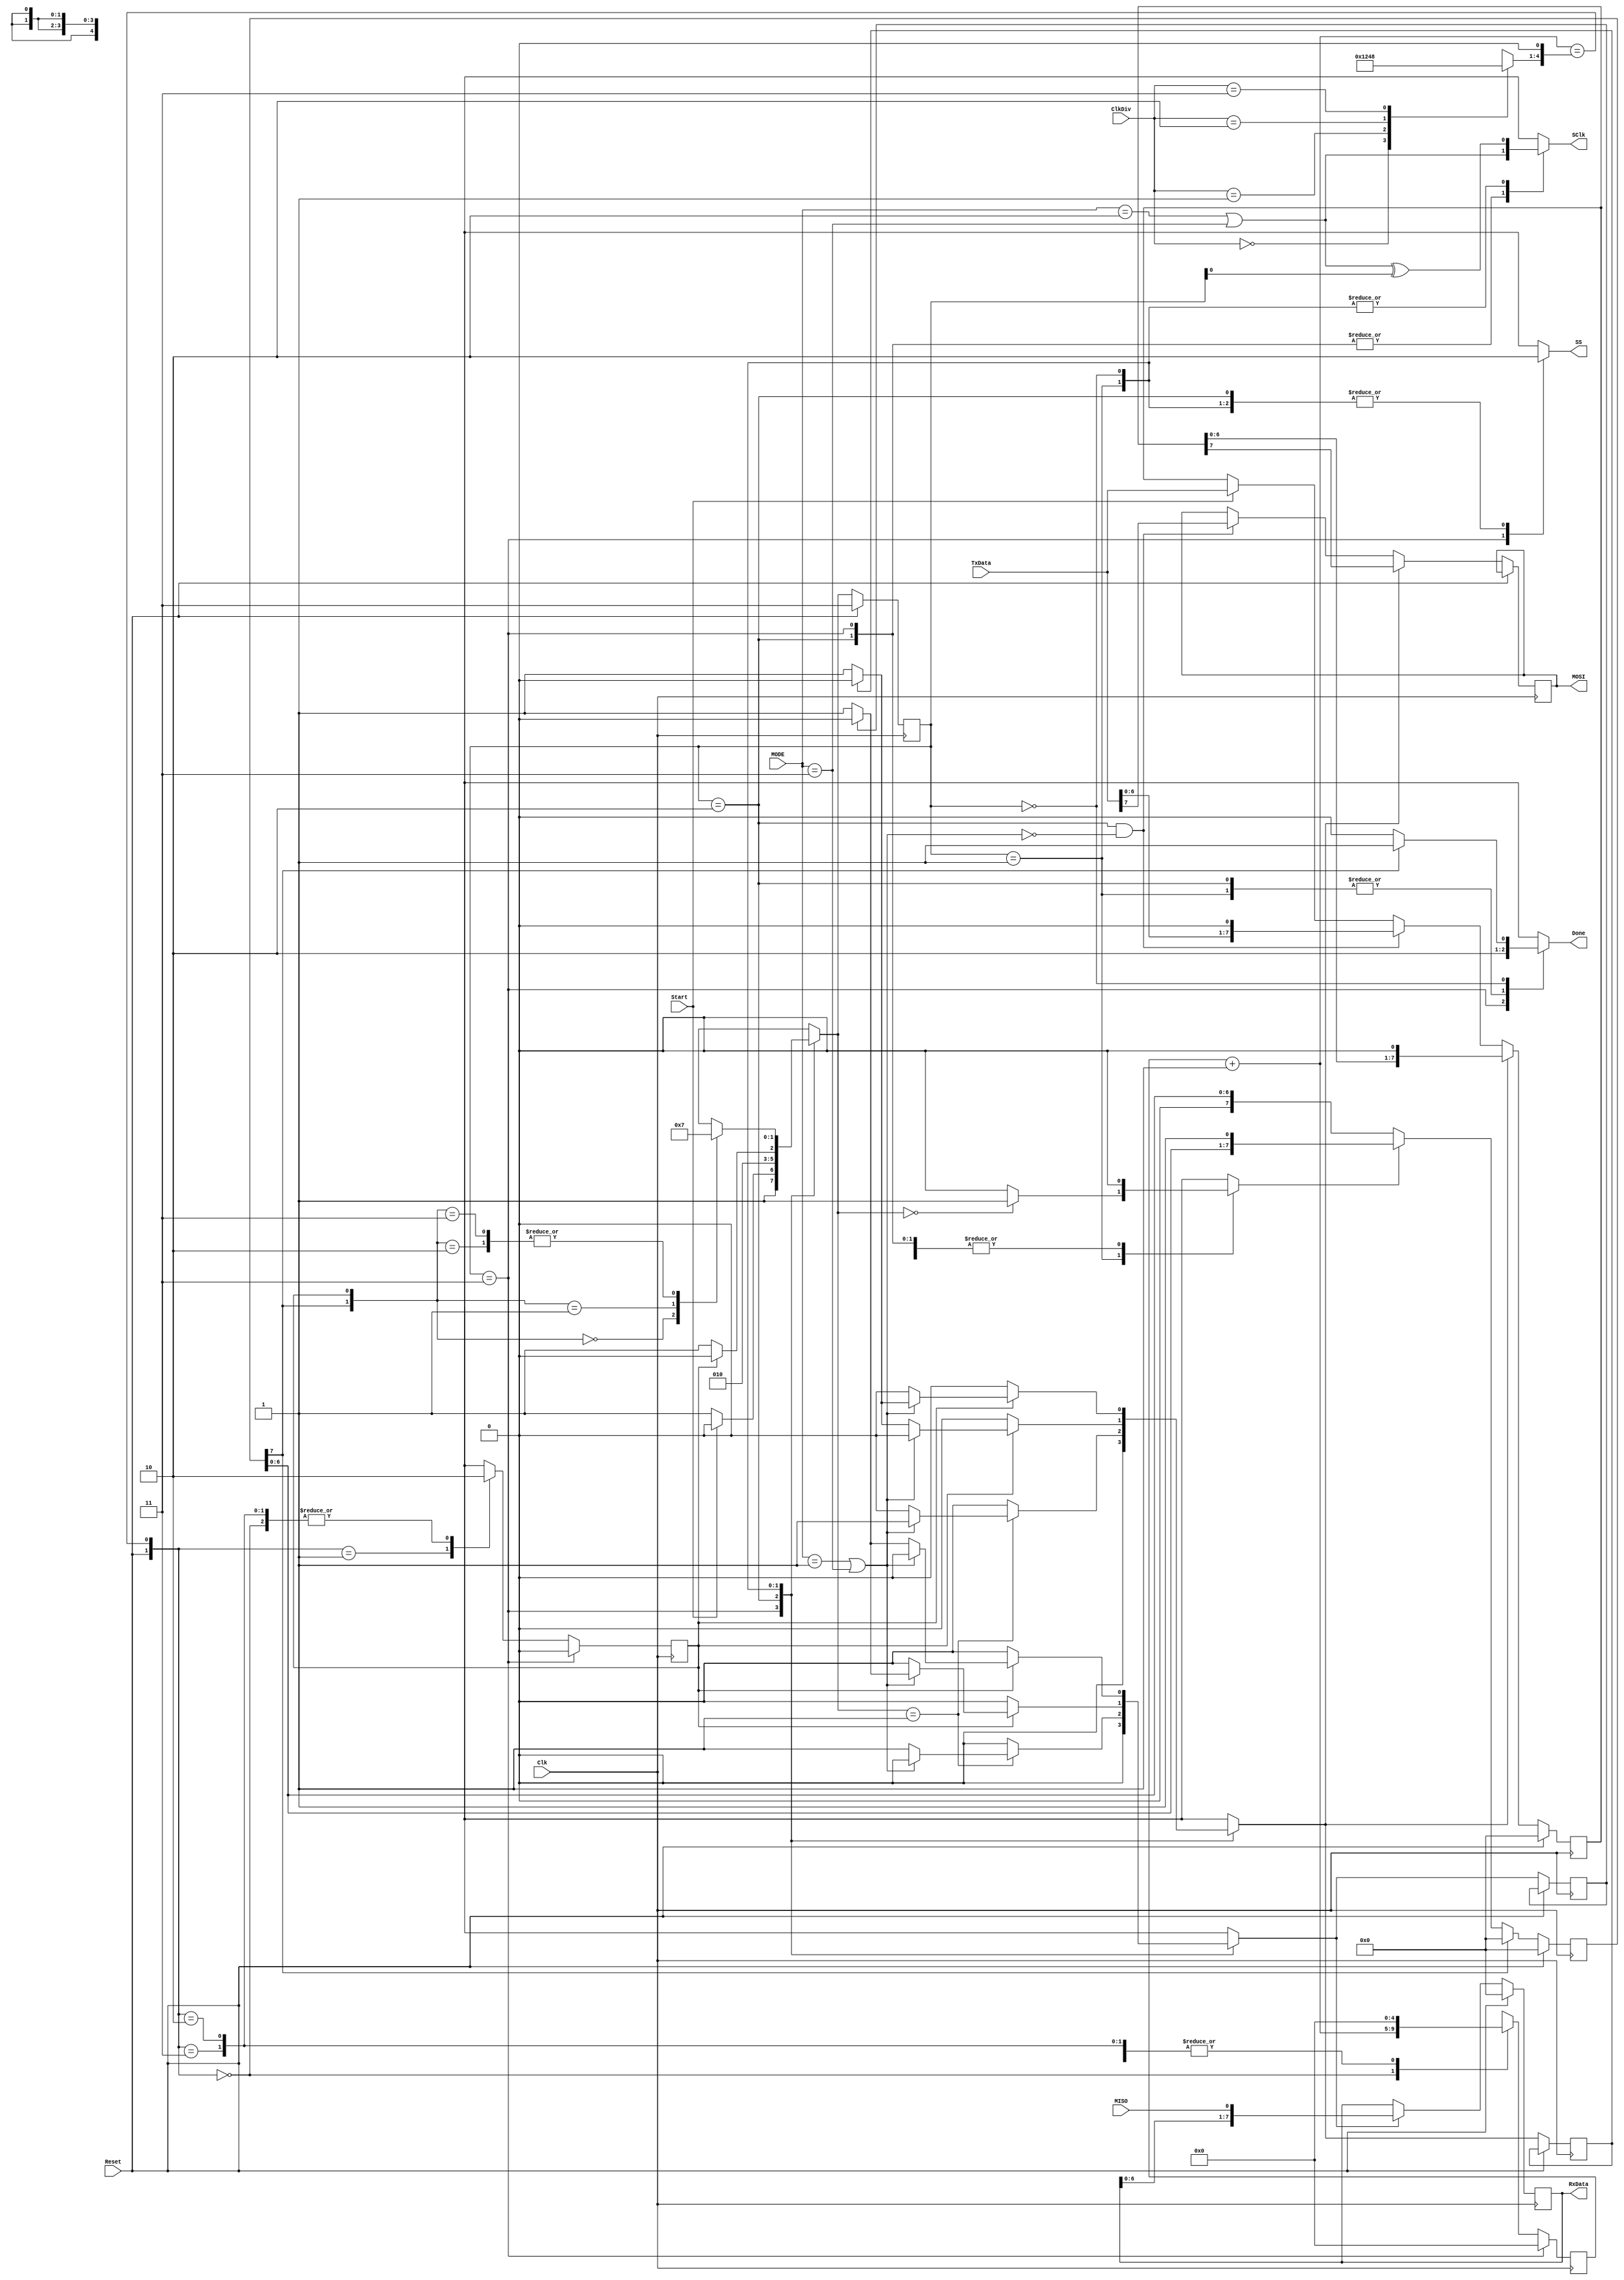
module spi_master 
    #(
      parameter DATA_WIDTH = 8
     )

    (
      input Clk,                      // 50-MHz clock
      input Reset,                    // Global Reset
      input Start,                    // Start transmitting (also used to register TxData)
      input [1:0] MODE,
      input [1:0] ClkDiv,             // Clock divider: 0 => /4
                                      //                1 => /8
                                      //                2 => /16
                                      //                3 => /32
      input [DATA_WIDTH-1:0] TxData,  // Transmit Data

      output reg Done,                // Transmit Completed
      output reg [DATA_WIDTH-1:0] RxData, // Receive Data

// SPI Interface Signals
      input  MISO,                    // Master In Slave Out
      output reg SClk,                // SPI Clock
      output reg MOSI,                // Master Out Slave In
      output reg SS                   // Slave Select
    );

    wire ClkPol;
    wire ClkPha;
    wire XferComplete;

// Frequency dividing logic to generate midCyc signal.
    wire ClkEn;
    wire [4:0] next_count;
    reg  [4:0] count;
    reg  [3:0] halfcyc;
    reg        midCyc;
    reg        capture_nxt, shift_nxt;
    reg        capture, shift;
    reg        bitcnt_en;

// FSM States for generating SPI Clock
    localparam  IDLE  = 2'b11,
                BEGIN = 2'b10,
                LEAD  = 2'b01,
                TRAIL = 2'b00;

// FSM to generate SPI Clock and other SPI interface signals
    reg [1:0] current_state, next_state;

// Master shift register
    reg [DATA_WIDTH-1:0] txreg;

// Bit counter
    reg [DATA_WIDTH-1:0] bitcnt;

// Generate polarity & phase signals for the various SPI modes
// Clock Polarity. 0=Idle at '0' with pulse of '1'.
//                 1=Idle at '1' with pulse of '0'
    assign ClkPol = (MODE[1:0] == 2'b10) || (MODE[1:0] == 2'b11);
// Clock Phase. 0=Change data on trailing edge, capture on leading edge.
//              1=Change data on leading edge, capture on trailing edge.
    assign ClkPha = (MODE[1:0] == 2'b01) || (MODE[1:0] == 2'b11);

// midCyc logic. Asserts when the frequency is half cycle base on ClkDiv[1:0]
    assign next_count[4:0] = count[4:0] + 1;
    assign ClkEn = (next_count == {halfcyc,1'b0});

// Update the clock counter (logic used to generate SClk)
    always @ (posedge Clk)
      begin
// If the current FSM is in IDLE, then reset the counter
        if ( current_state == IDLE ) begin
          midCyc <= 1'b0;
          count[4:0] <= 5'b0;
        end else begin
// Otherwise, start counting until midCyc is asserted
          case ( {Reset, ClkEn} )
            2'b00: begin
                     midCyc <= 1'b0;
                     count[4:0] <= next_count[4:0];
                   end
            2'b01: begin
                     midCyc <= 1'b1;
                     count[4:0] <= 5'b0;
                   end
            2'b10,
            2'b11: begin
                     midCyc <= 1'b0;
                     count[4:0] <= 5'b0;
                   end
            default: ;
          endcase
        end
      end

// Selects clock divider for SPI Clock based on ClkDiv[1:0] inputs
    always @ (ClkDiv)
      case ( ClkDiv[1:0] )
        2'b00: halfcyc = 4'b0001;     // Clk/4
        2'b01: halfcyc = 4'b0010;     // Clk/8
        2'b10: halfcyc = 4'b0100;     // Clk/16
        2'b11: halfcyc = 4'b1000;     // Clk/32
//        default: halfcyc = 4'b0001;   // Clk/4
      endcase

// Logic used to generate SS (Slave Select) as well as SPI Clock (SClk) and Done signals
// base on the current_state of FSM. In the IDLE state, SClk reflects the clock polarity.
    always @ (current_state or XferComplete or ClkPol)
      begin
        case ( current_state )
          IDLE: begin
                  SS <= 1'b1;
                  SClk <= ClkPol;
                  Done <= 1'b1;
                end
          BEGIN: begin
                   SS <= 1'b0;
                   SClk <= ClkPol;
                   Done <= 1'b0;
                 end
          LEAD: begin
                  SS <= 1'b0;
                  SClk <= ClkPol ^ current_state[0];
                  Done <= 1'b0;
                end
          TRAIL: begin
                   SS <= 1'b0;
                   SClk <= ClkPol ^ current_state[0];
                   if ( XferComplete )
                     Done <= 1'b1;
                   else
                     Done <= 1'b0;
                 end
        endcase
      end

// Next-state logic for FSM.
      always @ ( current_state or Start or midCyc or XferComplete )
        begin
          case ( current_state )
            IDLE: if ( !Start )
                    next_state <= IDLE;
                  else
                    next_state <= BEGIN;
            BEGIN: next_state <= LEAD;
            LEAD: if ( midCyc )
                    next_state <= TRAIL;
                  else
                    next_state <= LEAD;
            TRAIL: case ( {XferComplete, midCyc} )
                     2'b00: next_state <= TRAIL;
                     2'b01: next_state <= LEAD;
                     2'b10: next_state <= IDLE;
                     2'b11: next_state <= IDLE;
                   endcase
          endcase
        end

// Logic for shifting the master shift register and capturing data on MISO.
    always @ (current_state or next_state or midCyc or capture or shift or ClkPha)
    begin
      case ( current_state )
        IDLE: begin
                bitcnt_en <= 1'b0;

                shift_nxt <= 1'b0;
                capture_nxt <= 1'b0;
              end
        BEGIN: begin
                 bitcnt_en <= 1'b0;

// In the case of the first cycle (where the current_state = BEGIN and the next_state = LEAD),
// then at the next clock edge, if CPHA=0, then capture the data on MISO. Othewise (CPHA=1),
// shift on the next clock edge.
                 if ( next_state == LEAD ) begin
                   if ( ClkPha == 1'b0 ) begin
                     shift_nxt <= 1'b0;
                     capture_nxt <= 1'b1;                   
                   end else begin
                     shift_nxt <= 1'b1;
                     capture_nxt <= 1'b0;  
                   end
                 end else begin
                   shift_nxt <= 1'b0;
                   capture_nxt <= 1'b0;
                 end
               end
        LEAD : begin
// If midCyc is asserted, that means that the next cycle is the trailing edge
// If ClkPha == 1'b0, then start shifting. Otherwise (i.e. ClkPha == 1'b1),
// begin capturing on the next clock edge.
                 if ( midCyc ) begin
                   if ( ClkPha == 1'b0 ) begin
                     capture_nxt <= 1'b0;
                     if ( !shift )
                       shift_nxt <= 1'b1;
                     else
                       shift_nxt <= 1'b0;
                   end else begin
                     shift_nxt <= 1'b0;
                     if ( !capture )
                       capture_nxt <= 1'b1;
                     else
                       capture_nxt <= 1'b0;
                   end
                 end else begin
                   capture_nxt <= 1'b0;
                   shift_nxt <= 1'b0;
                 end

                 if ( next_state == TRAIL )
                   bitcnt_en <= 1'b1;
                 else
                   bitcnt_en <= 1'b0;
               end
        TRAIL: begin
                 bitcnt_en <= 1'b0;

                 if ( midCyc ) begin
                   if ( ClkPha == 1'b0 ) begin
                     shift_nxt <= 1'b0;
                     if ( !capture )
                       capture_nxt <= 1'b1;
                     else
                       capture_nxt <= 1'b0;
                   end else begin
                     capture_nxt <= 1'b0;
                     if ( !shift )
                       shift_nxt <= 1'b1;
                     else
                       shift_nxt <= 1'b0;
                   end
                 end else begin
                   capture_nxt <= 1'b0;
                   shift_nxt <= 1'b0;
                 end
               end
      endcase
    end

// data bit count is clocked using SPI clock (SClk)
// Set XferComplete when the MSB of the bit counter is '1'.
    assign XferComplete = bitcnt[DATA_WIDTH-1];

// Update State machine.
    always @ (posedge Clk)
      if ( Reset ) begin
        current_state <= IDLE;
        txreg <= 0;
        RxData <= 0;
        bitcnt <= 0;
      end else begin
        current_state <= next_state;

// Load TxData into Master Shift Register if Start is asserted.
        if ( Start )
          txreg <= TxData;
        else
          txreg <= txreg;

// MOSI is driven for the case where a transmission is started and CPHA = 0
        if ( current_state == BEGIN && ClkPha == 1'b0 ) begin
          MOSI <= TxData[DATA_WIDTH-1];
          txreg <= {TxData[DATA_WIDTH-2:0], 1'b0};
        end

// If shift_nxt is asserted, then begin shifting the register onto MOSI port.
        if ( shift_nxt == 1'b1 ) begin
          txreg <= {txreg[DATA_WIDTH-2:0], 1'b0};
          MOSI <= txreg[DATA_WIDTH-1];
        end

        shift <= shift_nxt;

// If capture_nxt is asserted, capture the data from MISO
        if ( capture_nxt == 1'b1 ) begin
          RxData <= {RxData[DATA_WIDTH-2:0], MISO};
        end

        capture <= capture_nxt;

        if ( XferComplete == 1'b1 ) begin
          bitcnt <= 0;
        end else if ( bitcnt_en )
          bitcnt <= {bitcnt[DATA_WIDTH-2:0], 1'b1};
        else
          bitcnt <= bitcnt;
      end

endmodule